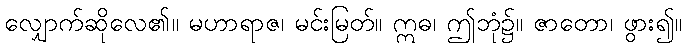
လျှောက်ဆိုလေ၏။ မဟာရာဇ၊ မင်းမြတ်။ ဣဓ၊ ဤဘုံ၌။ ဇာတော၊ ဖွား၍။